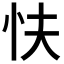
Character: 𢗲